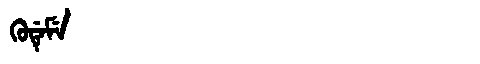
Manchu: ᡴᡠᡩᡝᠮᡝ
Romanization: KUDEME